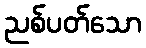
ညစ်ပတ်သော